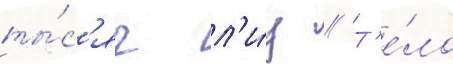
ты́с'яч л'и́ц // Т'е́ло